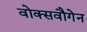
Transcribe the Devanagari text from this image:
वोक्सवौगेन